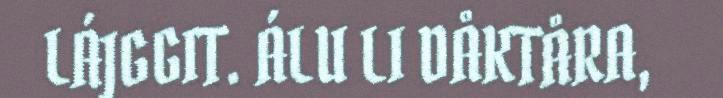
LÁJGGIT. ÁLU LI DÅKTÅRA,